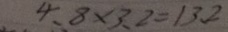
4 . 8 \times 3 . 2 = 1 3 . 2